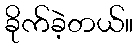
ခိုက်ခဲ့တယ်။